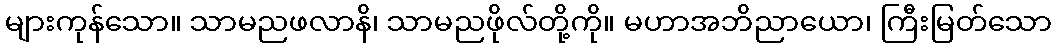
များကုန်သော။ သာမညဖလာနိ၊ သာမညဖိုလ်တို့ကို။ မဟာအဘိညာယော၊ ကြီးမြတ်သော